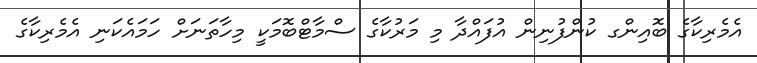
އެމެރިކާގެ ބޮއިންގ ކުންފުނިން އުފައްދާ މި މަރުކާގެ ސްމާޓްބޮމަކީ މިހާތަނަށް ހަމައެކަނި އެމެރިކާގެ